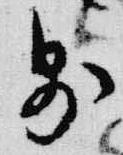
則